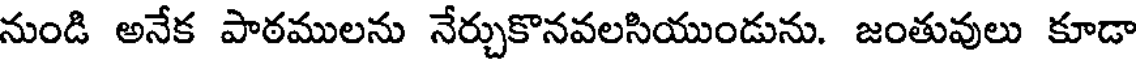
నుండి అనేక పాఠములను నేర్చుకొనవలసియుండును. జంతువులు కూడా